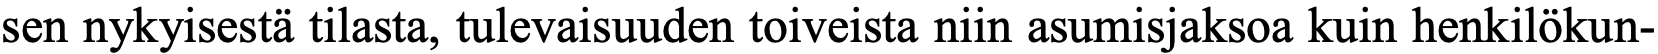
sen nykyisestä tilasta, tulevaisuuden toiveista niin asumisjaksoa kuin henkilökun-